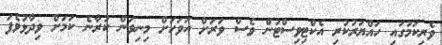
ވެރިކަމުގައި ހައްޔަރުކުރި އެކްޓިވިސްޓުން ވެސް ވަރަށް އަވަހަށް މިނިވަން ކުރާނެ ކަމަށް ވިދާޅުވެފަ